Calcutta medical institutions reports 1892-1900
Year: 1892
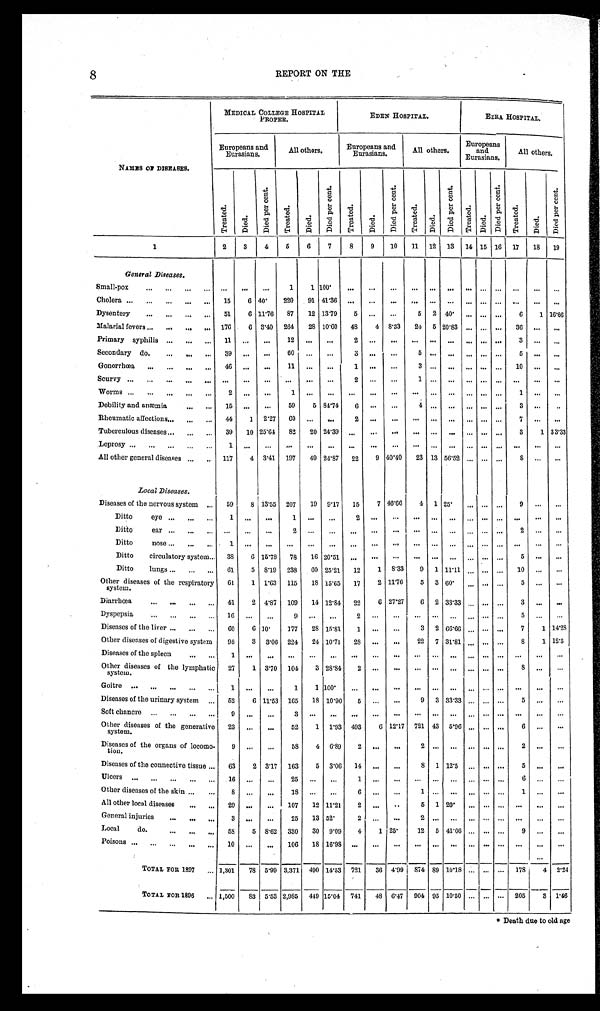
8
REPORT ON THE
MEDICAL COLLEGE HOSPITAL
PROPER.
EDEN HOSPITAL.
EZRA. HOSPITAL.
Europeans and
Eurasians.
All others.
Europeans and
Eurasians.
All others.
Europeans
and
Eurasians.
All others.
NAMES ON DISEASES.
T r e a t e d .
D i e d .
D i e d p e r c e n t .
T r e a t e d .
D i e d .
D i e d p e r c e n t .
T r e a t e d .
D i e d .
D i e d p e r c e n t .
T r e a t e d .
D i e d .
D i e d p e r c e n t .
T r e a t e d .
Di ed.
D i e d p e r c e n t .
T r e a t e d .
D i e d .
D i e d p e r c e n t .
1
2
3
4
5
6
7
8
9
10
11
1 2
13
14 15 16
1 7
1 8 19
General Diseases .
Small-pox . . .
. . .
. . .
. . .
1 1
1 0 0 .
. . .
. . .
. . .
. . .
. . .
. . .
. . .. . .
. . .
. . .
. . .
. . .
Cholera . . .
15
6 40.
220
91 41.36
. . .
. . .
. . .
. . .
. . .
. . .
. . . . . .
. . .
. . .
. . .
. . .
Dysentery . . .
51
6 11.76
87
12 13.79
5
. . .
. . .
5
2 40.
. . . . . .
. . .
6
1 16.66
Malarial fevers . . . 176
6 3.40
264
28 10.60
48
4
8.33
24
5 20.83
. . . . . .
. . .
36
. . .
. . .
Primary syphilis . . .
11
. . .
. . .
12
. . .
. . .
2
. . .
. . .
. . .
. . .. . .
. . .. . .
. . .
3
. . .
. . .
Secondary do. . . .
3 9
. . .
. . .
6 0
. . .
. . .
3
. . .
. . .
5
. . .
. . .
. . .. . .
. . .
5
. . .
. . .
Gonorrhœa . . .
46
. . .
. . .
11
. . .
. . .
1
. . .
. . .
3
. . .
. . .
. . .. . .
. . .
1 0
. . .
. . .
S c u r v y . . .
. . .
. . .
. . .
. . .
. . .
. . .
2
. . .
. . .
1
. . .
. . .
. . .. . .
. . .
. . .
. . .
. . .
Worms . . .
2
. . .
. . .
1
. . .
. . .
. . .
. . .. . .
. . .
. . .
. . .
. . .. . .
. . .
1
. . .
. . .
.
. . .
Debility and anæmia . . .
1 5
. . .
. . .
59
5 84.74
6
. . .
. . .
4
. . .
. . .
. . .
. . .
. . .
3
. . .
. . .
Rheumatic affections . . .
44
1
2.27
6 O
. . .
. . .
2
. . .
. . .
. . .
. . .
. . .. . .
. . .
. . .
7
. . .
. . .
Tuberculous diseases . . .
39
10 25.64
82
20 24.39
. . .
. . .
. . .
. . .
. . .
. . .. . .
. . .
. . .
3
1 33.33
Leprosy . . .
1
. . .
. . .
. . .
. . .
. . .
. . .
. . .
. . .
. . .
. . .
. . .
. . .
. . .
. . .
. . .
. . .
. . .
All other general diseases . . .
117
4
3.41
197
49 24.87
22
9 40.40
23 13 56.52
. . .
. . .
. . .
8
. . .
. . .
Local Diseases.
Diseases of the nervous system . . .
59
8 13.55
207
19
9.17
15
7 46.66
4
1 25.
. . .
. . .
. . .
9
. . .
. . .
Ditto eye . . .
1
. . .
. . .
1
. . .
. . .
2
. . .
. . .
. . .
. . .. . .
. . . . . .
. . .
. . .
. . .
. . .
Ditto ear . . .
. . .
. . .
. . .
2
. . .
. . .
. . .
. . .
. . .
. . .
. . .. . .
. . .
. . .
. . .
2
. . .
. . .
Ditto nose . . .
1
. . .
. . .
. . .
. . .
. . .
. . .
. . .
. . .
. . .
. . .. . .
. . .
. . .
. . .
. . .
. . .
. . .
Ditto circulatory system . . .
38
6 15.78
78
16 20.51
. . .
. . .
. . .
. . .
. . .
. . .
. . .
. . .
. . .
5
. . .
. . .
Ditto lungs . . .
61
5 8.19
2 3 8
6 0 25.21
12
1 8.33
9
1 11.11
. . .
. . .
. . .
10
. . .
. . .
Other diseases of the respiratory
system.
61
1 1.63
115
18 15.65
17
2 11.76
5
3 60.
. . .
. . .
. . .
5
. . .
. . .
Diarrhœa . . .
4 1
2 4.87
109
14 12.84
22
6 27.27
6
2 33.33
. . . . . .
. . .
3
. . .
. . .
Dyspepsia . . .
16
. . .
. . .
9
. . .
. . .
2
. . .
. . .
. . .
. . .. . .
. . .
. . .
. . .
5
. . .
. . .
Diseases of the liver . . .
60
6 10.
177
28 15.81
1
. . .
. . .
3
2 66.66
. . .
. . .
. . .
7
1 1 4 . 2 8
Other diseases of digestive system
98
3
3.06
224
24 10.71
28
. . .
. . .
22
7 31.81
. . .
. . .
. . .
8
1 12.5
Diseases of the spleen . . .
1
. . .
. . .
. . .
. . . . . .
. . .
. . .
. . .
. . .
. . .
. . .
. . .
. . .
. . .
. . .
. . .
. . .
Other diseases of the lymphatic
system.
27
1 3.70
104
3 28.84
2
. . .
. . .
. . .
. . . . . .
. . .
. . .
. . .
8
. . .
. . .
Goitre . . .
1
. . .
. . .
1
1
1 0 0 .
. . .
. . .
. . .
. . .
. . .. . .
. . .
. . .
. . .
. . .
. . .
. . .
Diseases of the urinary system . . .
52
6 11.53
165
18 10.90
5
. . .
. . .
9
3 33.33
. . .
. . .
. . .
5
. . .
. . .
Soft chancre . . .
9
. . .
. . .
3
. . .
. . .
. . .
. . .. . .
. . .
. . .. . .
. . .
. . .
. . .
. . .
. . .
. . .
Other diseases of th
e generative system.
23
. . .
. . .
52
1
1.93 493
6 12.17
721 43
5.96 . . .
. . . . . .
6
. . .
. . .
Diseases of the organs of locomo-
tion.
9
. . .
. . .
58
4
6.89
2
. . .
. . .
2
. . .. . .
. . .
. . .
. . .
2 . . .
. . .
Diseases of the connective tissue . . .
63
2 3.17
163
5
3.06
14
. . .
. . .
8
1 12.5
. . .
. . . . . .
5
. . .
. . .
Ulcers . . .
1 6
. . .
. . .
2 5
. . .. . .
1
. . . . . .
. . .
. . .. . .
. . .
. . .
. . .
6
. . .
. . .
Other diseases of the skin . . .
8
. . .
. . .
18
. . .. . .
6
. . . . . .
1
. . .. . .
. . .
. . .
. . .
1
. . .
. . .
All other local diseases . . .
29
. . .
. . .
107
12 11.21
2
. . .
. . .
5
1 20.
. . .
. . .
. . .
. . .. . .
. . .
General injuries . . .
3
. . .
. . .
25
13 52.
2
. . . . . .
2
. . .. . .
. . .
. . .
. . .
. . .. . .
. . .
Local
do. . . .
58
5 8.62
330
30
9.09
4
1 25.
12
5 41.66
. . .
. . .
. . .
9
. . .
. . .
Poisons . . .
10
. . .
. . .
1 0 6
1 8
16.98
. . .
. . . . . .
. . .
. . .
. . .
. . .
. . .
. . .
. . .
. . .
. . .
TOTAL FOR 1897 . . . 1,301
78
5.99 3,371
490 14.53
721
36 4.99
874 89 10.18
. . . . . .
. . .
1 7 8
4
2.24
TOTAL FOR 1896 . . . 1,500
83
5.53 2,985
449 15.04
741
48
6.47
904 95 10.50
. . .
. . .
. . .
205
3
1.46
* Death due to old age